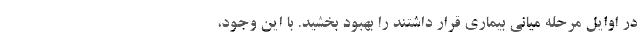
در اوایل مرحله میانی بیماری قرار داشتند را بهبود بخشید. با این وجود،